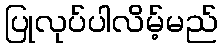
ပြုလုပ်ပါလိမ့်မည်